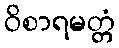
ဝိစာရမတ္တံ